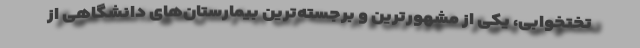
تختخوابی، یکی از مشهورترین و برجسته‌ترین بیمارستان‌های دانشگاهی از